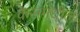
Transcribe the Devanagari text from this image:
केसमधील